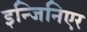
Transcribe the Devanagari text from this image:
इन्जिनिएर